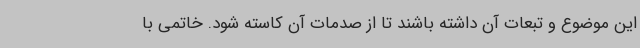
این موضوع و تبعات آن داشته باشند تا از صدمات آن کاسته شود. خاتمی با